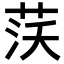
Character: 𦰚